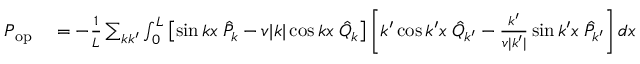
\begin{array} { r l } { P _ { \mathrm { o p } } } & { { } = - \frac { 1 } { L } \sum _ { k k ^ { \prime } } \int _ { 0 } ^ { L } \left[ \sin k x \; \hat { P } _ { k } - v | k | \cos k x \; \hat { Q } _ { k } \right] \left[ k ^ { \prime } \cos k ^ { \prime } x \; \hat { Q } _ { k ^ { \prime } } - \frac { k ^ { \prime } } { v | k ^ { \prime } | } \sin k ^ { \prime } x \; \hat { P } _ { k ^ { \prime } } \right] d x } \end{array}